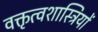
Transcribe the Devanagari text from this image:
वक्तृत्वशास्त्रियों